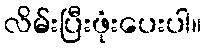
လိမ်းပြီးဖုံးပေးပါ။